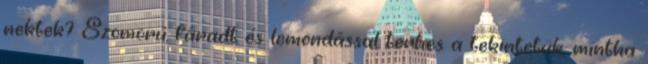
nektek? Szomorú, fáradt és lemondással terhes a tekintetük, mintha